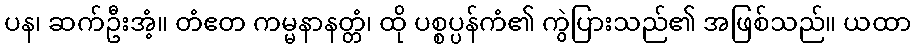
ပန၊ ဆက်ဦးအံ့။ တံဧတ ကမ္မနာနတ္တံ၊ ထို ပစ္စပ္ပန်ကံ၏ ကွဲပြားသည်၏ အဖြစ်သည်။ ယထာ